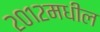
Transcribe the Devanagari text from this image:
२०१२मधील